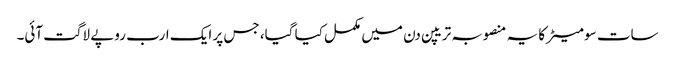
سات سو میٹرکا یہ منصوبہ تریپن دن میں مکمل کیا گیا، جس پر ایک ارب روپے لاگت آئی۔